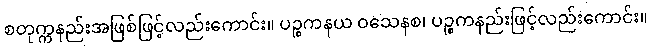
စတုက္ကနည်းအဖြစ်ဖြင့်လည်းကောင်း။ ပဉ္စကနယ ဝသေနစ၊ ပဉ္စကနည်းဖြင့်လည်းကောင်း။